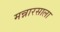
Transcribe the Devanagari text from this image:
मन्नारसाला